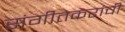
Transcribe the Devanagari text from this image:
संगीतकरांची